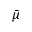
\bar { \mu }